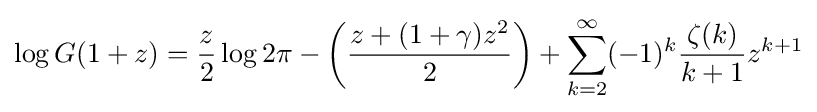
\log G(1+z)={\frac {z}{2}}\log 2\pi -\left({\frac {z+(1+\gamma )z^{2}}{2}}\right)+\sum _{k=2}^{\infty }(-1)^{k}{\frac {\zeta (k)}{k+1}}z^{k+1}